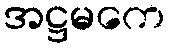
အဋ္ဌမကေ